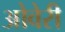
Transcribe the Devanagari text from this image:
ओवेरी